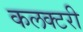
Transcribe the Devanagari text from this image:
कलक्टरी